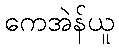
ကေအဲန်ယူ